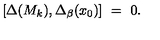
[ \Delta ( M _ { k } ) , \Delta _ { \beta } ( x _ { 0 } ) ] \ = \ 0 .